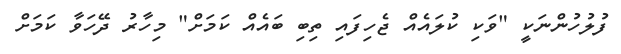
ފުލުހުންނަކީ "ވަކި ކުލައެއް ޖެހިފައި ތިބި ބައެއް ކަމަށް" މިހާރު ދޭހަވާ ކަމަށް